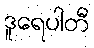
ဒူရေပါတီ